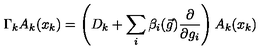
\Gamma _ { k } A _ { k } ( x _ { k } ) = \left( D _ { k } + \sum _ { i } \beta _ { i } ( \vec { g } ) \frac { \partial } { \partial g _ { i } } \right) A _ { k } ( x _ { k } )